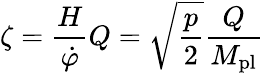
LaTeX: \zeta=\frac{H}{\dot{\varphi}}Q=\sqrt{\frac{p}{2}}\frac{Q}{M_{\mathrm{pl}}}